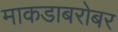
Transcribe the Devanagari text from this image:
माकडाबरोबर